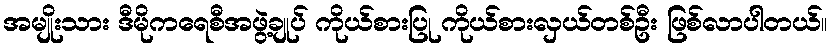
အမျိုးသား ဒီမိုကရေစီအဖွဲ့ချုပ် ကိုယ်စားပြု ကိုယ်စားလှယ်တစ်ဦး ဖြစ်လာပါတယ်။